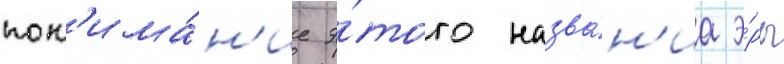
пон'има́н'ие э́того назва́н'иа э́ры